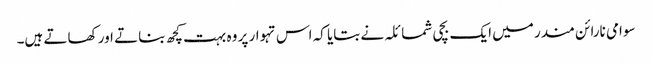
سوامی نارائن مندر میں ایک بچی شمائلہ نے بتایا کہ اس تہوار پر وہ بہت کچھ بناتے اور کھاتے ہیں۔